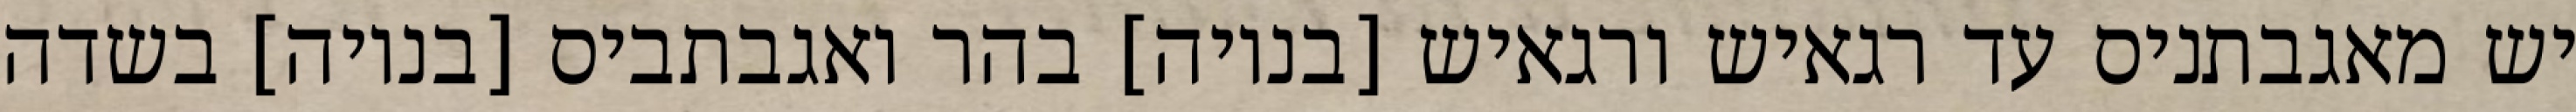
יש מאגבתניס עד רגאיש ורגאיש [בנויה] בהר ואגבתביס [בנויה] בשדה